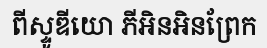
ពីស្ទូឌីយោ ភីអិនអិនព្រែក